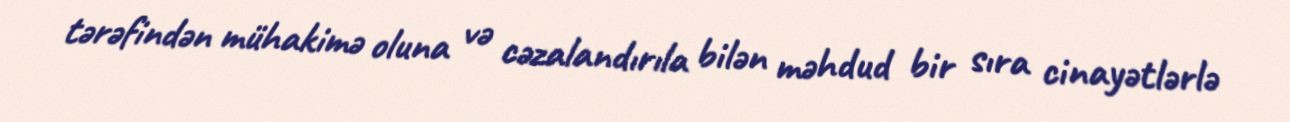
tərəfindən mühakimə oluna və cəzalandırıla bilən məhdud bir sıra cinayətlərlə